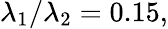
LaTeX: \lambda_{1}/\lambda_{2}=0.15,